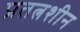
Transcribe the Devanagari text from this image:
प्रतत्नशीन